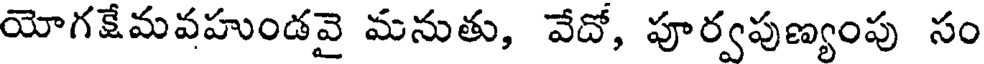
యోగకేమవహుండవై మనుతు, వేదో, పూర్వపుణ్యంపు సం